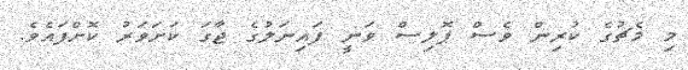
މި މެޗުގެ ކުރިން ވެސް ޕޮލިސް ވަނީ ފައިނަލުގެ ޖާގަ ކަށަވަރު ކޮށްފައެވެ.